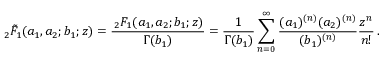
_ 2 \tilde { F } _ { 1 } ( a _ { 1 } , a _ { 2 } ; b _ { 1 } ; z ) = \frac { \, _ { 2 } F _ { 1 } ( a _ { 1 } , a _ { 2 } ; b _ { 1 } ; z ) } { \Gamma ( b _ { 1 } ) } = \frac { 1 } { \Gamma ( b _ { 1 } ) } \sum _ { n = 0 } ^ { \infty } \frac { ( a _ { 1 } ) ^ { ( n ) } ( a _ { 2 } ) ^ { ( n ) } } { ( b _ { 1 } ) ^ { ( n ) } } \frac { z ^ { n } } { n ! } \, .